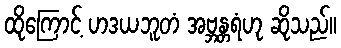
ထိုကြောင့် ဟဒယဘူတံ အဗ္ဘန္တရံဟု ဆိုသည်။